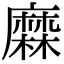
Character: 𪎦